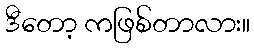
ဒီတော့ ကဖြစ်တာလား။